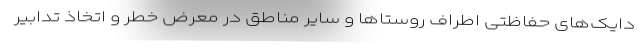
دایک‌های حفاظتی اطراف روستاها و سایر مناطق در معرض خطر و اتخاذ تدابیر